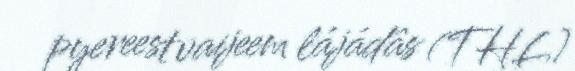
pyereestvaijeem lájádâs (THL)